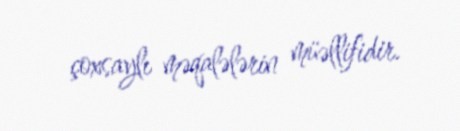
çoxsaylı məqalələrin müəllifidir.